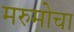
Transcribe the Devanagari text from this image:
मरुमोचा